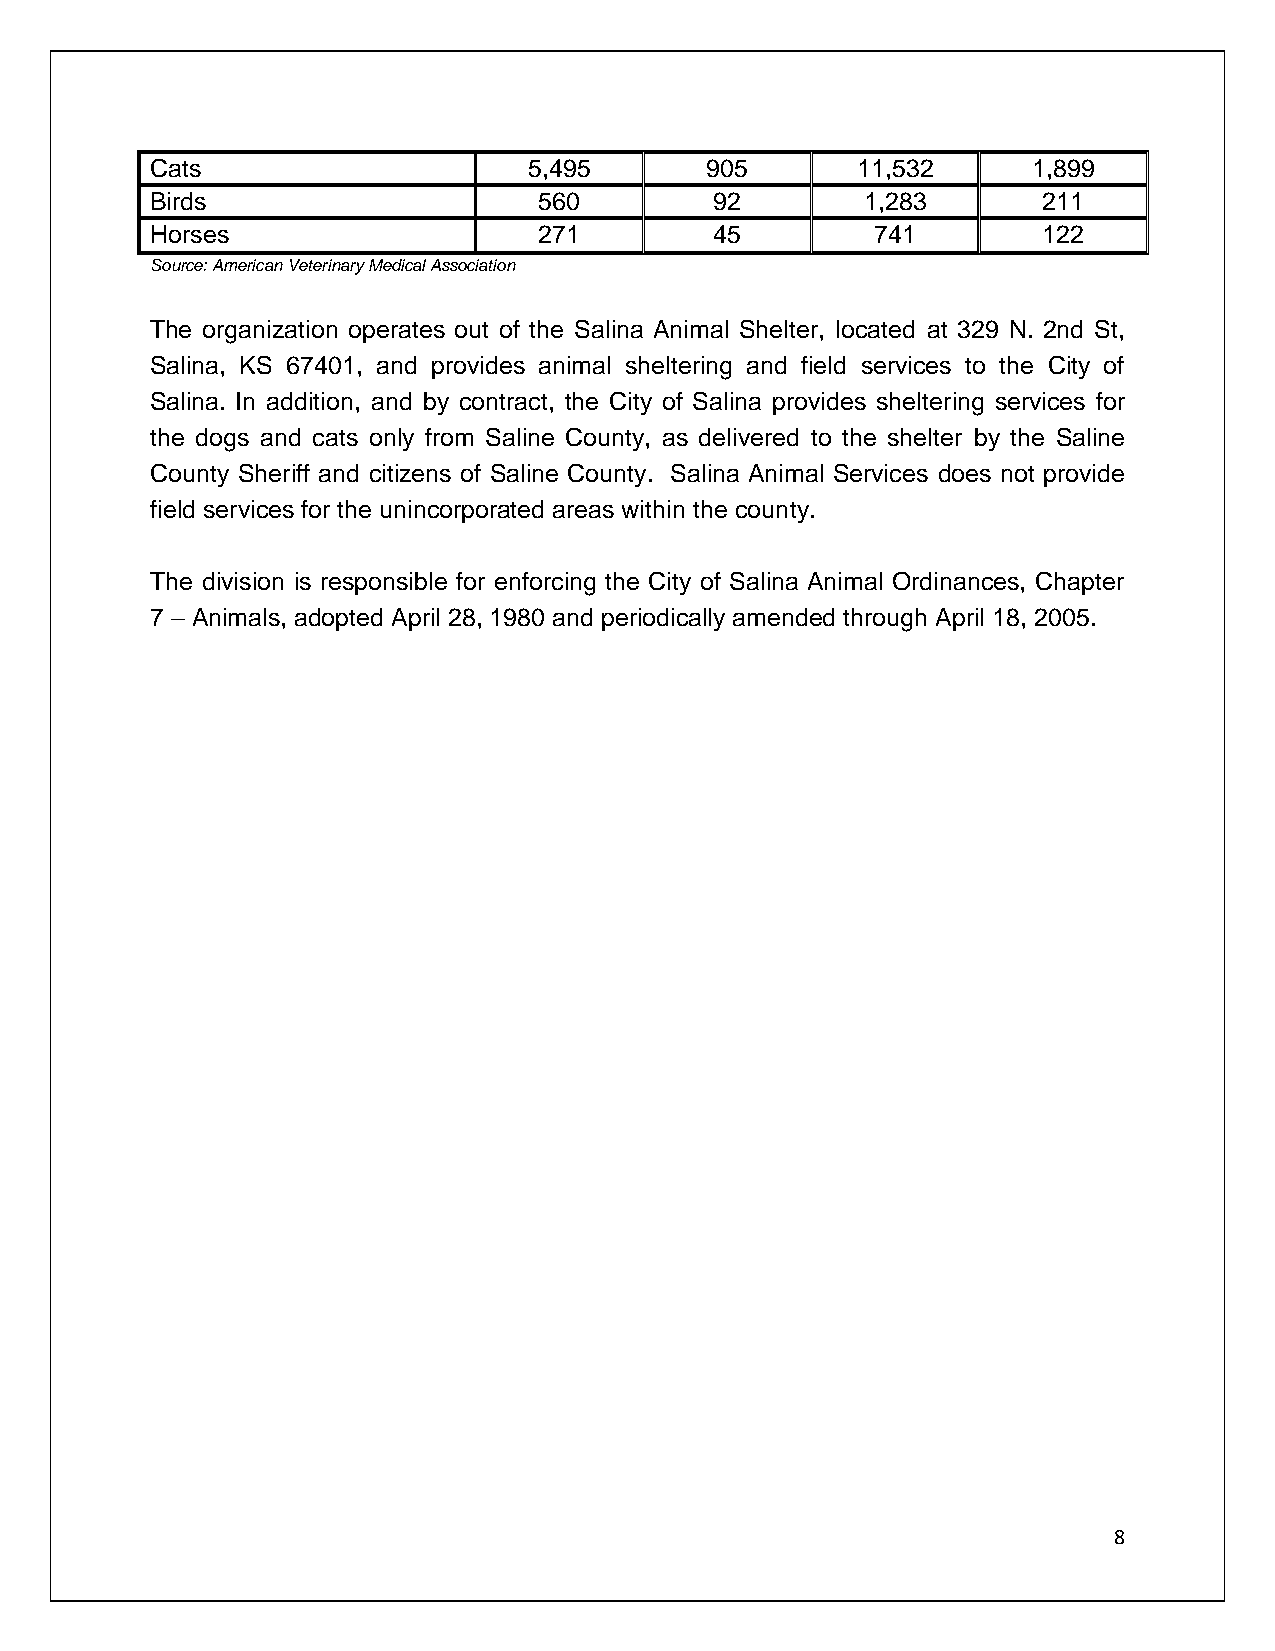
Cats                     5,495       905       11,532     1,899
 Birds                     560        92        1,283       211
 Horses                    271        45         741        122
 Source: American Veterinary Medical Association
 The organization operates out of the Salina Animal Shelter, located at 329 N. 2nd St,
 Salina, KS 67401, and provides animal sheltering and field services to the City of
 Salina. In addition, and by contract, the City of Salina provides sheltering services for
 the dogs and cats only from Saline County, as delivered to the shelter by the Saline
 County Sheriff and citizens of Saline County. Salina Animal Services does not provide
 field services for the unincorporated areas within the county.
 The division is responsible for enforcing the City of Salina Animal Ordinances, Chapter
 7 – Animals, adopted April 28, 1980 and periodically amended through April 18, 2005.
 8